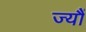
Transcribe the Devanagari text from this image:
ज्‍यौं